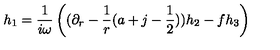
h _ { 1 } = { \frac { 1 } { i \omega } } \left( ( \partial _ { r } - { \frac { 1 } { r } } ( a + j - { \frac { 1 } { 2 } } ) ) h _ { 2 } - f h _ { 3 } \right)